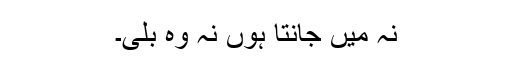
نہ میں جانتا ہوں نہ وہ بلی۔